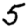
Digit: 5